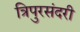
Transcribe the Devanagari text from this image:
त्रिपुरसंदरी